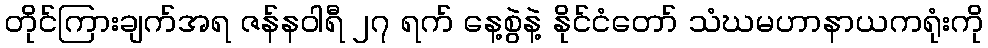
တိုင်ကြားချက်အရ ဇန်နဝါရီ ၂၇ ရက် နေ့စွဲနဲ့ နိုင်ငံတော် သံဃမဟာနာယကရုံးကို